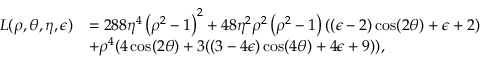
\begin{array} { r l } { L ( \rho , \theta , \eta , \epsilon ) } & { = 2 8 8 \eta ^ { 4 } \left( \rho ^ { 2 } - 1 \right) ^ { 2 } + 4 8 \eta ^ { 2 } \rho ^ { 2 } \left( \rho ^ { 2 } - 1 \right) ( ( \epsilon - 2 ) \cos ( 2 \theta ) + \epsilon + 2 ) } \\ & { + \rho ^ { 4 } ( 4 \cos ( 2 \theta ) + 3 ( ( 3 - 4 \epsilon ) \cos ( 4 \theta ) + 4 \epsilon + 9 ) ) , } \end{array}